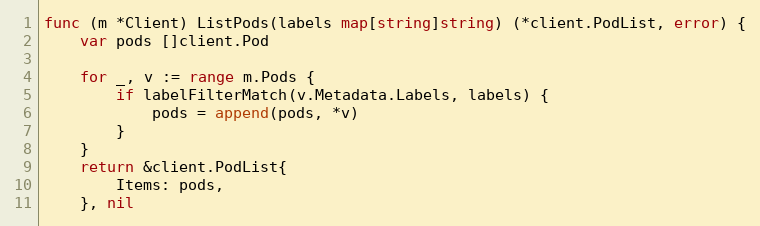
Language: Go
func (m *Client) ListPods(labels map[string]string) (*client.PodList, error) {
	var pods []client.Pod

	for _, v := range m.Pods {
		if labelFilterMatch(v.Metadata.Labels, labels) {
			pods = append(pods, *v)
		}
	}
	return &client.PodList{
		Items: pods,
	}, nil